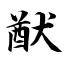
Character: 猷